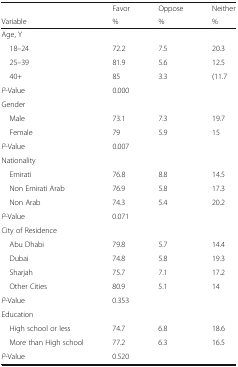
<table><thead><tr><td></td><td><b>Favor</b></td><td><b>Oppose</b></td><td><b>Neither</b></td></tr><tr><td><b>Variable</b></td><td><b>%</b></td><td><b>%</b></td><td><b>%</b></td></tr></thead><tbody><tr><td colspan="4">Age, Y</td></tr><tr><td> 18–24</td><td>72.2</td><td>7.5</td><td>20.3</td></tr><tr><td> 25–39</td><td>81.9</td><td>5.6</td><td>12.5</td></tr><tr><td> 40+</td><td>85</td><td>3.3</td><td>(11.7</td></tr><tr><td><i>P</i>-Value</td><td>0.000</td><td></td><td></td></tr><tr><td colspan="4">Gender</td></tr><tr><td> Male</td><td>73.1</td><td>7.3</td><td>19.7</td></tr><tr><td> Female</td><td>79</td><td>5.9</td><td>15</td></tr><tr><td><i>P</i>-Value</td><td>0.007</td><td></td><td></td></tr><tr><td colspan="4">Nationality</td></tr><tr><td> Emirati</td><td>76.8</td><td>8.8</td><td>14.5</td></tr><tr><td> Non Emirati Arab</td><td>76.9</td><td>5.8</td><td>17.3</td></tr><tr><td> Non Arab</td><td>74.3</td><td>5.4</td><td>20.2</td></tr><tr><td><i>P</i>-Value</td><td>0.071</td><td></td><td></td></tr><tr><td colspan="4">City of Residence</td></tr><tr><td> Abu Dhabi</td><td>79.8</td><td>5.7</td><td>14.4</td></tr><tr><td> Dubai</td><td>74.8</td><td>5.8</td><td>19.3</td></tr><tr><td> Sharjah</td><td>75.7</td><td>7.1</td><td>17.2</td></tr><tr><td> Other Cities</td><td>80.9</td><td>5.1</td><td>14</td></tr><tr><td><i>P</i>-Value</td><td>0.353</td><td></td><td></td></tr><tr><td colspan="4">Education</td></tr><tr><td> High school or less</td><td>74.7</td><td>6.8</td><td>18.6</td></tr><tr><td> More than High school</td><td>77.2</td><td>6.3</td><td>16.5</td></tr><tr><td><i>P</i>-Value</td><td>0.520</td><td></td><td></td></tr></tbody></table>